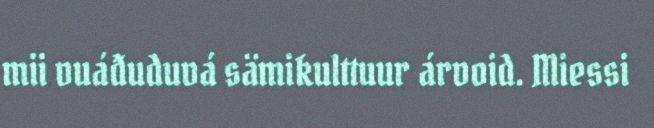
mii vuáđuduvá sämikulttuur árvoid. Miessi